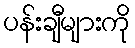
ပန်းချီများကို